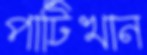
পাটিখান